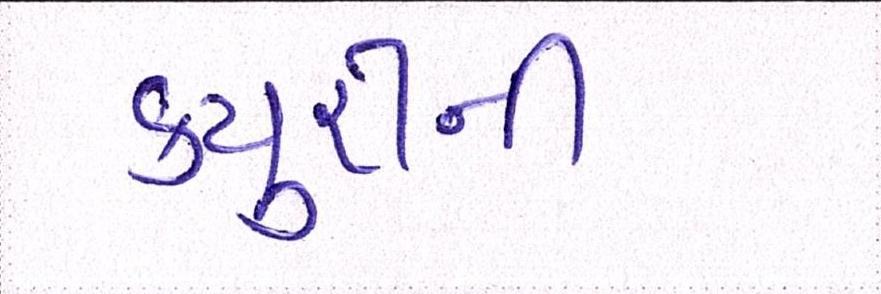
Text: ક્યુરીની